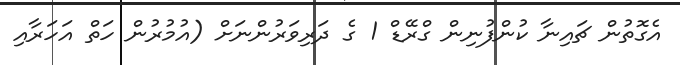
އެގޮތުން ޗައިނާ ކުންފުނިން ގްރޭޑް 1 ގެ ދަރިވަރުންނަށް (އުމުރުން ހަތް އަހަރާއި